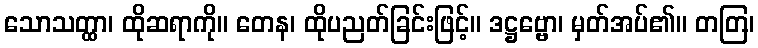
သောသတ္ထာ၊ ထိုဆရာကို။ တေန၊ ထိုပညတ်ခြင်းဖြင့်။ ဒဋ္ဌဗ္ဗော၊ မှတ်အပ်၏။ တတြ၊